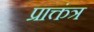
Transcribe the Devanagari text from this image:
प्राक्तंत्र